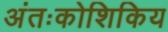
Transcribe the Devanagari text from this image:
अंतःकोशिकिय